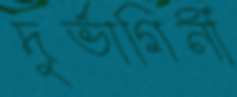
দুর্ভাগিনী